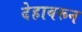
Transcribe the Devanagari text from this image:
देहावरून